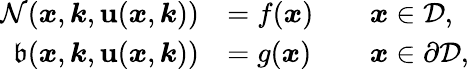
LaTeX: \begin{array}{rlrl}{\mathcal{N}(\boldsymbol{x},\boldsymbol{k},\textbf{u}(\boldsymbol{x},\boldsymbol{k}))}&{=f(\boldsymbol{x})}&&{\boldsymbol{x}\in\mathcal{D},}\\ {\mathfrak{b}(\boldsymbol{x},\boldsymbol{k},\textbf{u}(\boldsymbol{x},\boldsymbol{k}))}&{=g(\boldsymbol{x})}&&{\boldsymbol{x}\in\partial\mathcal{D},}\end{array}